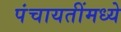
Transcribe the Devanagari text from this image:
पंचायतींमध्ये